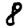
Digit: 8